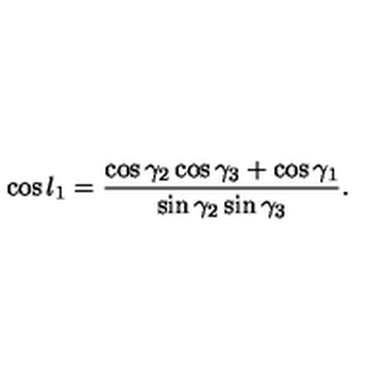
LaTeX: \cos l _ { 1 } = { \frac { \cos \gamma _ { 2 } \cos \gamma _ { 3 } + \cos \gamma _ { 1 } } { \sin \gamma _ { 2 } \sin \gamma _ { 3 } } } .